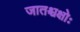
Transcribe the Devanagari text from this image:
जातश्चक्षोः